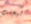
ليجلب